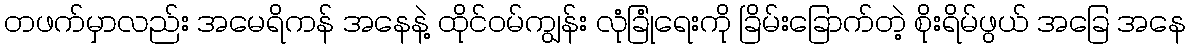
တဖက်မှာလည်း အမေရိကန် အနေနဲ့ ထိုင်ဝမ်ကျွန်း လုံခြုံရေးကို ခြိမ်းခြောက်တဲ့ စိုးရိမ်ဖွယ် အခြေ အနေ